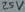
Text: 25V